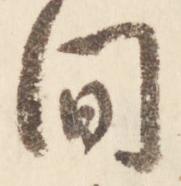
間